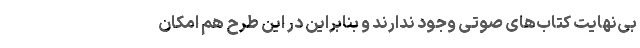
بی‌نهایت کتاب‌های صوتی وجود ندارند و بنابراین در این طرح هم امکان